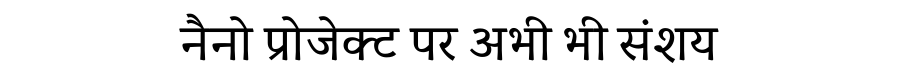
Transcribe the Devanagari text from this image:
नैनो प्रोजेक्ट पर अभी भी संशय